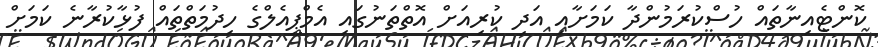
ކޮންޓެއިނާތައް ހުސްކުރަމުންދާ ކަމަށާއި އަދި ކުރިއަށް އޮތްތަނުގައި އެމްޕީއެލްގެ ހިދުމަތްތައް ފުޅާކުރާނެ ކަމަށް